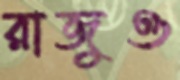
রাজুও